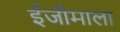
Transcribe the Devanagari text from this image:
ईजीमाला